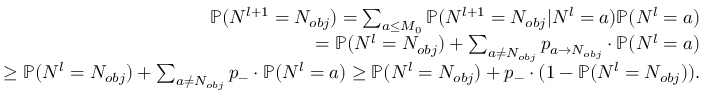
\begin{array} { r l r } & { \ } & { \mathbb { P } ( N ^ { l + 1 } = N _ { o b j } ) = \sum _ { a \le M _ { 0 } } \mathbb { P } ( N ^ { l + 1 } = N _ { o b j } | N ^ { l } = a ) \mathbb { P } ( N ^ { l } = a ) } \\ & { \ } & { = \mathbb { P } ( N ^ { l } = N _ { o b j } ) + \sum _ { a \neq N _ { o b j } } p _ { a \to N _ { o b j } } \cdot \mathbb { P } ( N ^ { l } = a ) } \\ & { \ } & { \ge \mathbb { P } ( N ^ { l } = N _ { o b j } ) + \sum _ { a \neq N _ { o b j } } p _ { - } \cdot \mathbb { P } ( N ^ { l } = a ) \ge \mathbb { P } ( N ^ { l } = N _ { o b j } ) + p _ { - } \cdot ( 1 - \mathbb { P } ( N ^ { l } = N _ { o b j } ) ) . } \end{array}